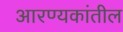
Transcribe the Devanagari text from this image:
आरण्यकांतील